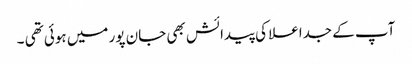
آپ کے جداعلا کی پیدائش بھی جان پور میں ہوئی تھی ۔